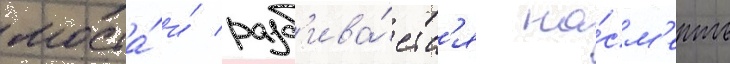
моста́ и́ разб'ива́етс'я на́см'ерть